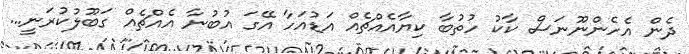
ދެން އެހެންނޫނަސް ކާކު ހުތުބާ ކިޔާއެއްޗެއް އަޑުއަހާ އޭގަ އުބުނާ އެއްޗެއް ގަބޫލުކުރަނީ...